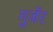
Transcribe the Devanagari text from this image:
गुजॅर